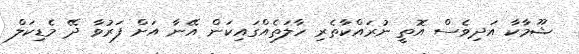
ޝޫމާކާ އަދިވެސް އޮތީ ނުރައްކާތެރި ހާލަތެއްގައިކަން އޭނާ އަށް ފަރުވާ ދޭ މެޑިކަލް